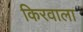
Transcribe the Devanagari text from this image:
किरवाला